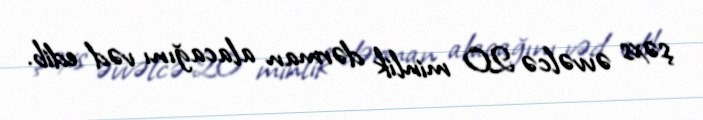
şəxs əvvəlcə 20 minlik dərman alacağını vəd edib.